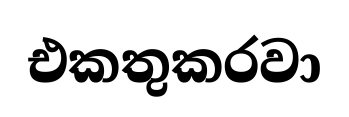
එකතුකරවා